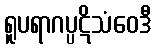
ရူပရာဂပ္ပဋိသံဝေဒီ